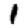
Digit: 1